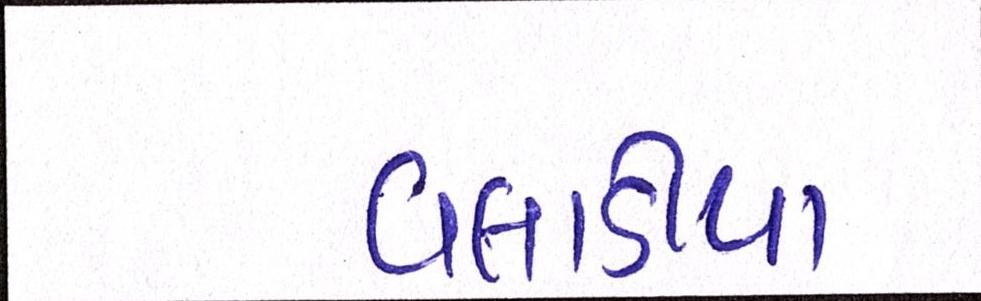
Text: વલાડીયા